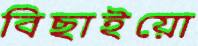
বিছাইয়ো